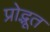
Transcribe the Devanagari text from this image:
प्रोद्भूत